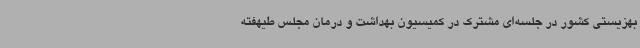
بهزیستی کشور در جلسه‌ای مشترک در کمیسیون بهداشت و درمان مجلس طیهفته